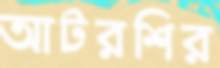
আটরশির